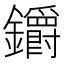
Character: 𨰜